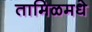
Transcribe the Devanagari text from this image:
तामिळमधे